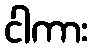
ငါကား